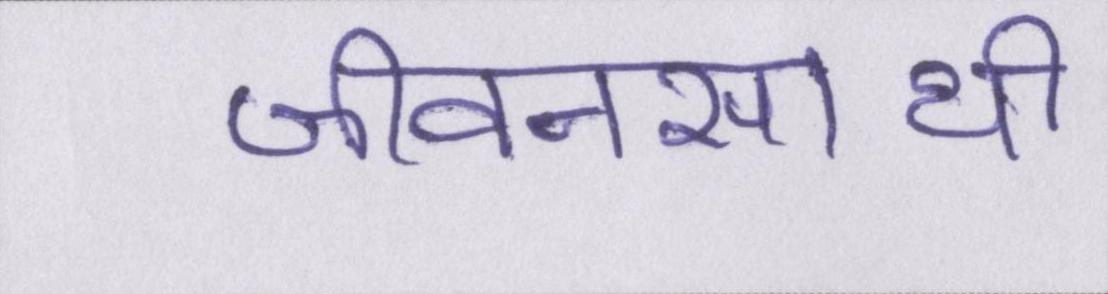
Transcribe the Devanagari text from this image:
जीवनसाथी